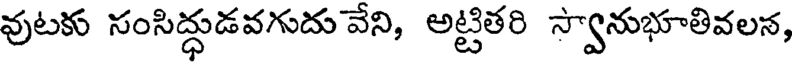
వుటకు సంసిద్ధుడవగుదు వేని, అట్టితరి స్వానుభూతివలన,